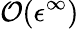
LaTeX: \mathcal{O}(\epsilon^{\infty})